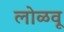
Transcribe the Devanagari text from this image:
लोळवू